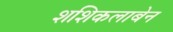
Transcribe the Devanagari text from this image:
शशिकलाबेन